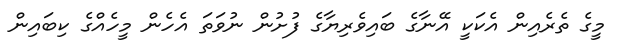
މީގެ ތެރެއިން އެކަކީ އޭނާގެ ބައިވެރިޔާގެ ފުށުން ނުވަތަ އެހެން މީހެއްގެ ކިބައިން